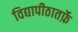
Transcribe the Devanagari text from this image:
विद्यापीठातर्फ़े